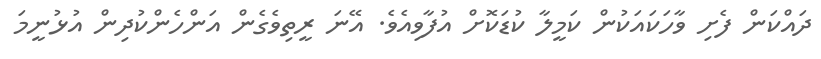
ދައްކަން ފެށި ވާހަކައަކުން ކަމީލާ ކުޑަކޮށް އުފާވިއެވެ. އޭނަ ރީތިވެގެން އަންހެންކުދިން އުޅުނީމަ